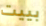
بييت